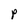
Character: P